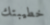
خطيبتك